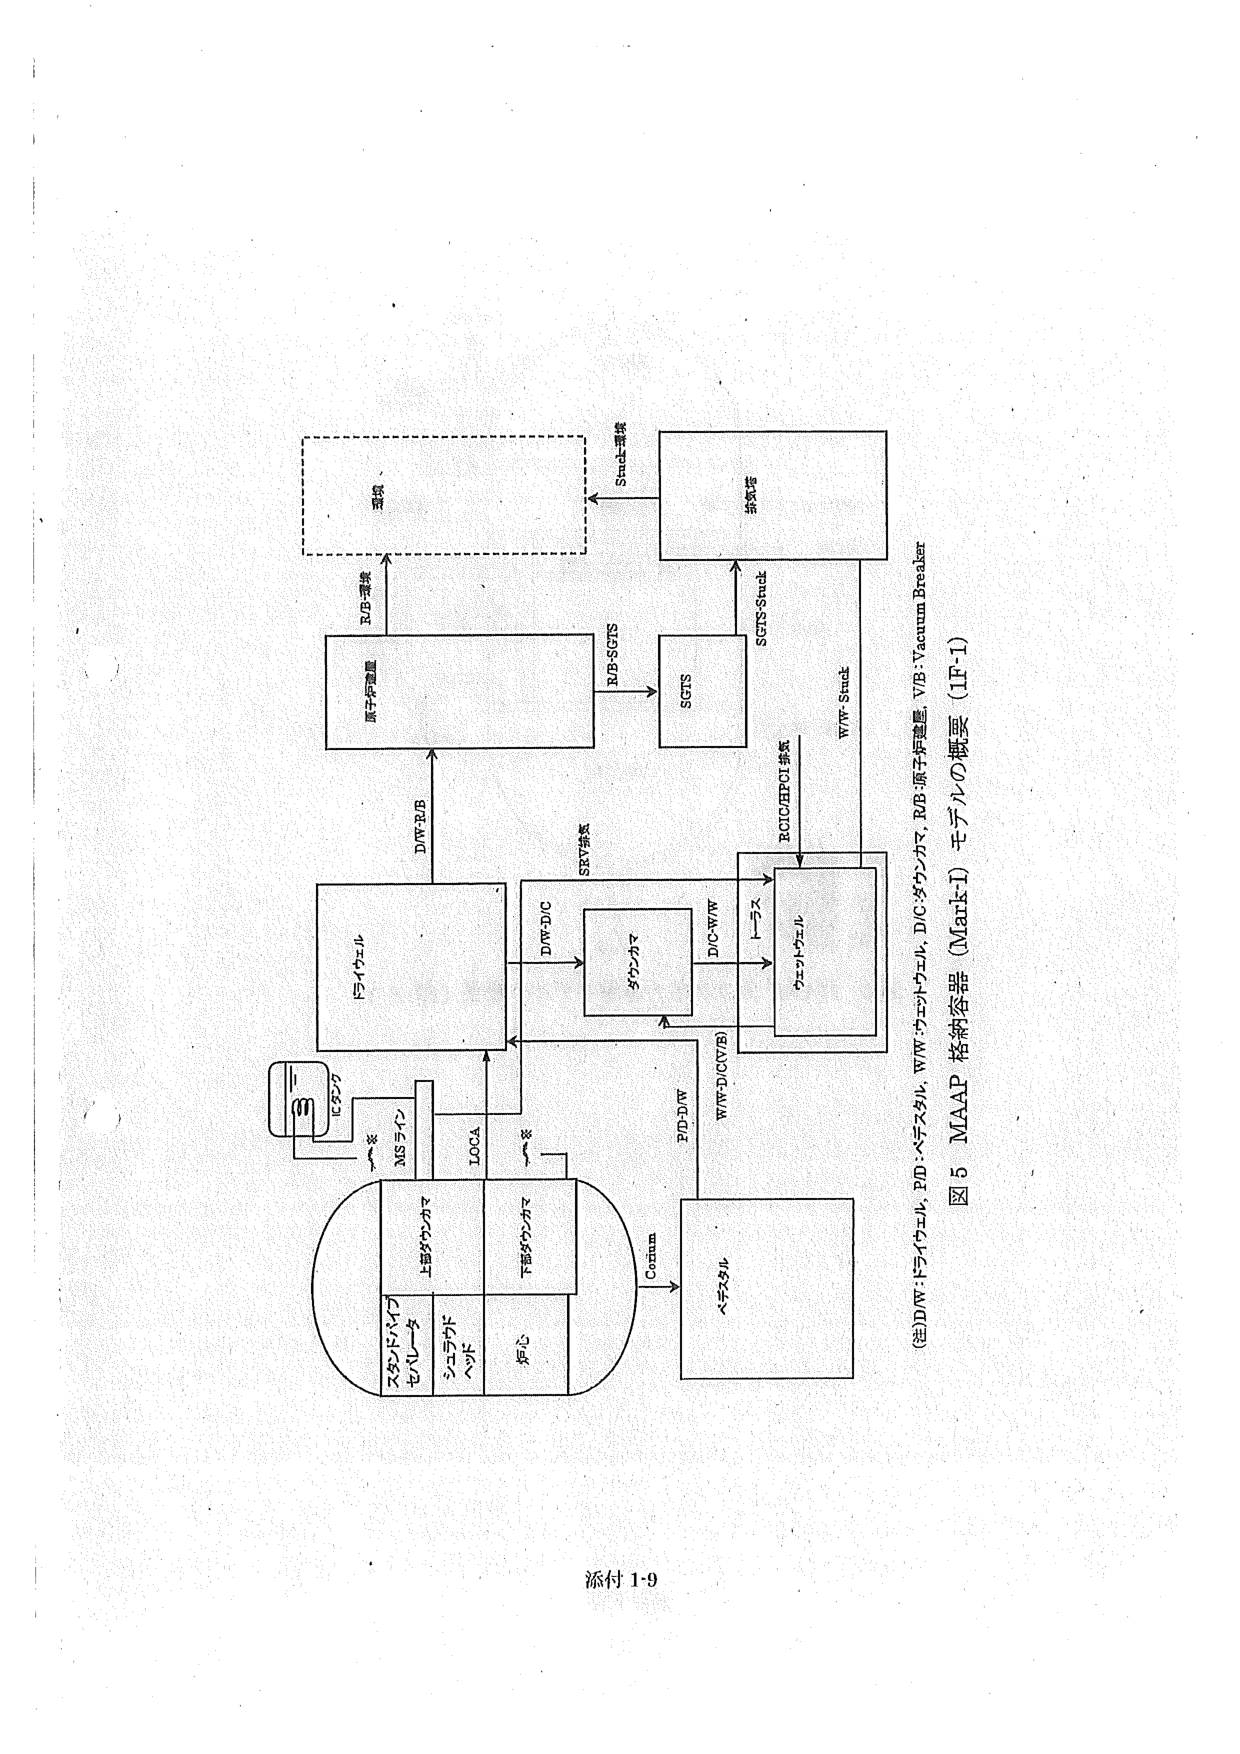
図5 MAAP 格納容器 (Mark-I) モデルの概要 (IF-1)

(注) DW: ドライウェル, PD: パスダル, WW: ウェットウェル, DIC: ダウンカマ, R/B: 原子炉遮断, VB: Vacuum Breaker

スカンドパイプ
セパレータ
上部ダウンカマ
MSライン
LOCA
下部ダウンカマ
炉心
C920
～を
～を
ドライウェル
DW-R/B
原子炉遮断
R/B-手操
電源
Stack-接続
SBV接続
DW-DIC
ダウンカマ
DIC-WW
WW-DIC(VB)
パスダル
PD-DW
Common
ウェットウェル
ECI/ERCI接続
SGTS-Stack
SGTS
R/B-SGTS
排気塔
WW-Stack
トラス

添付 1-9